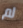
لم